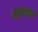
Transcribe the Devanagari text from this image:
मेडीएवल